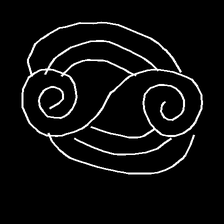
Glyph: wind-underfoot